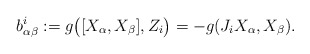
\begin{align*}b_{\alpha\beta}^{i}:=g\big{(}[X_\alpha,X_\beta],Z_i\big{)}= -g(J_iX_\alpha,X_\beta).\end{align*}